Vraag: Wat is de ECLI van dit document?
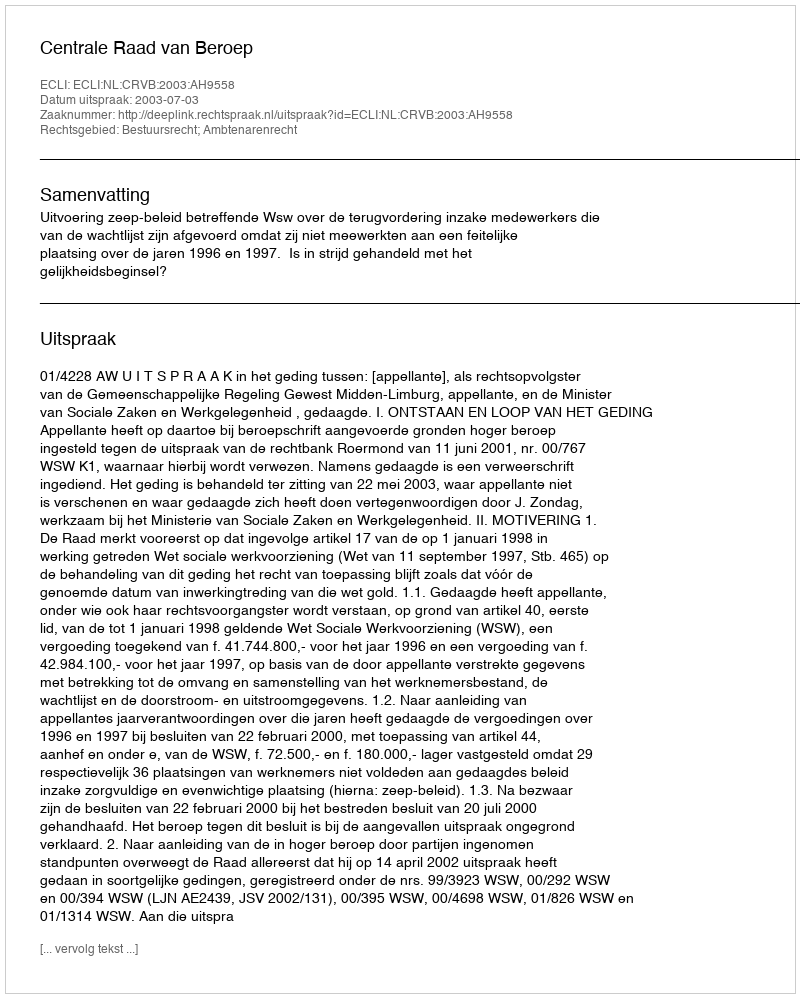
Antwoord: ECLI:NL:CRVB:2003:AH9558